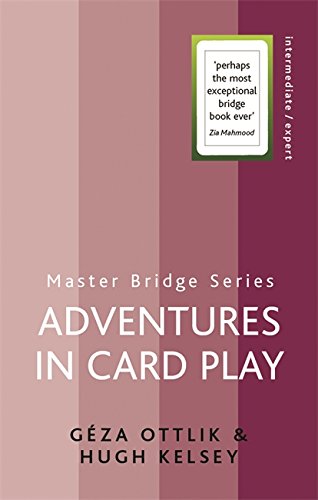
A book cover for Adventures in Card Play (Master Bridge Series); GÃ©za Ottlik; Humor & Entertainment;